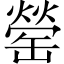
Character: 罃